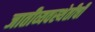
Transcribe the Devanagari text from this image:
जातीव्यवस्थेतीची